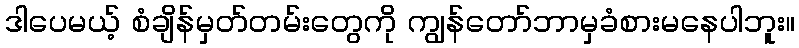
ဒါပေမယ့် စံချိန်မှတ်တမ်းတွေကို ကျွန်တော်ဘာမှခံစားမနေပါဘူး။